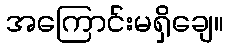
အကြောင်းမရှိချေ။